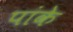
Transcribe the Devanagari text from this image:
पांके